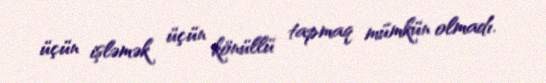
üçün işləmək üçün könüllü tapmaq mümkün olmadı.